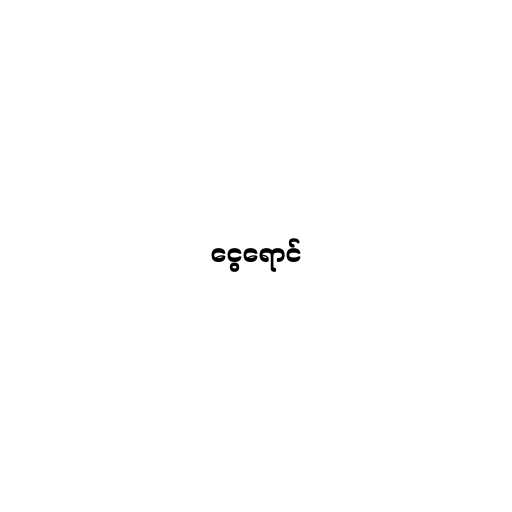
ငွေရောင်